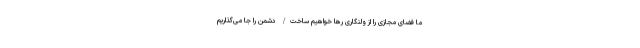
ما فضای مجازی را از ولنگاری رها خواهیم ساخت/ دشمن را جا می‌گذاریم